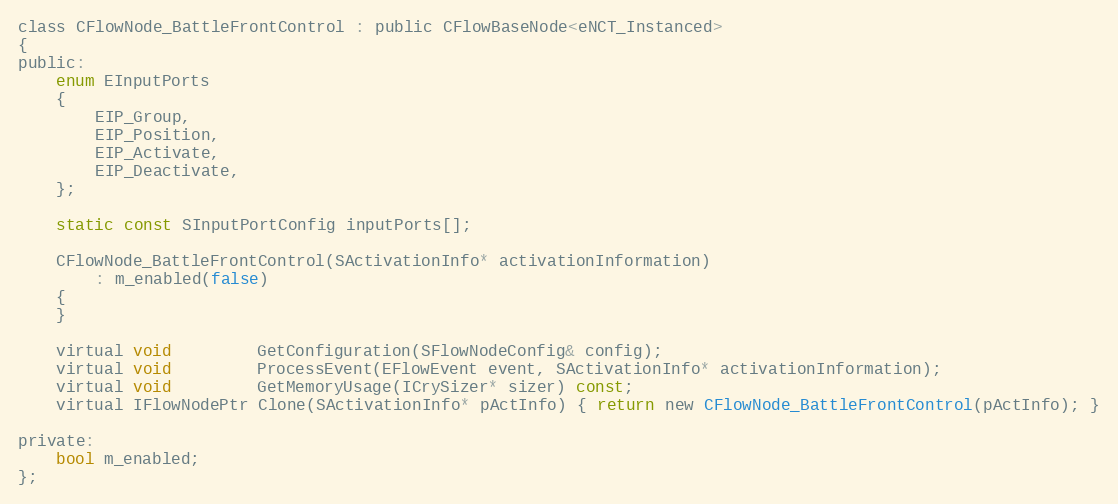
Language: C
class CFlowNode_BattleFrontControl : public CFlowBaseNode<eNCT_Instanced>
{
public:
	enum EInputPorts
	{
		EIP_Group,
		EIP_Position,
		EIP_Activate,
		EIP_Deactivate,
	};

	static const SInputPortConfig inputPorts[];

	CFlowNode_BattleFrontControl(SActivationInfo* activationInformation)
		: m_enabled(false)
	{
	}

	virtual void         GetConfiguration(SFlowNodeConfig& config);
	virtual void         ProcessEvent(EFlowEvent event, SActivationInfo* activationInformation);
	virtual void         GetMemoryUsage(ICrySizer* sizer) const;
	virtual IFlowNodePtr Clone(SActivationInfo* pActInfo) { return new CFlowNode_BattleFrontControl(pActInfo); }

private:
	bool m_enabled;
};